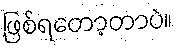
ဖြစ်ရတော့တာပဲ။